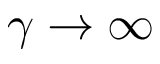
\gamma \rightarrow \infty